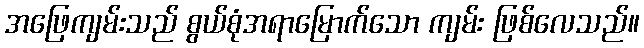
အဖြေကျမ်းသည် စွယ်စုံအရာမြောက်သော ကျမ်း ဖြစ်လေသည်။